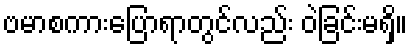
ဗမာစကားပြောရာတွင်လည်း ဝဲခြင်းမရှိ။